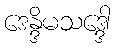
ဒေန္ဒိမသဒ္ဒေါ